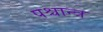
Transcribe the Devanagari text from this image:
पश्चान्त्र